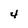
Character: 4